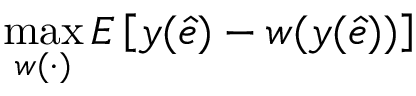
\operatorname* { m a x } _ { w ( \cdot ) } E \left[ y ( { \hat { e } } ) - w ( y ( { \hat { e } } ) ) \right]